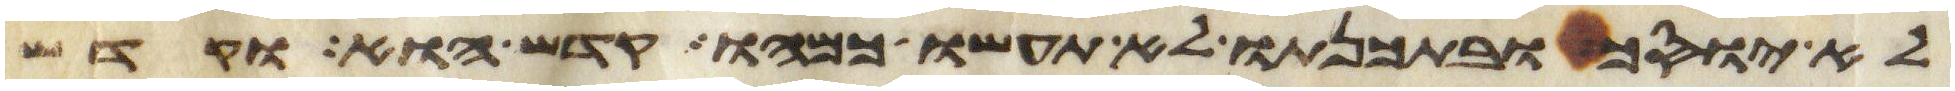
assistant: לא יוסך ובתכנתו לא תעשו כמהו קדש הוא וקדש